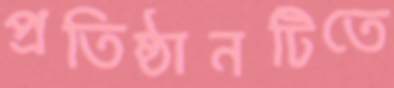
প্রতিষ্ঠানটিতে